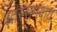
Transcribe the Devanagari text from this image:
एतस्समवाय